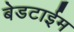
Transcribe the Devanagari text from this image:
बेडटाईम